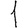
Digit: 1